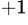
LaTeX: ^{+1}